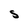
Character: s